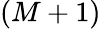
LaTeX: (M+1)